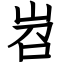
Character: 岧